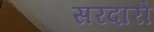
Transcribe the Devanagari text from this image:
सरदारो